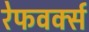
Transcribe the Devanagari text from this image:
रेफवर्क्स